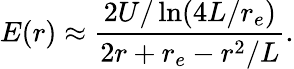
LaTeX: E(r)\approx\frac{2U/\ln(4L/r_{e})}{2r+r_{e}-r^{2}/L}.